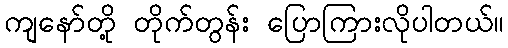
ကျနော်တို့ တိုက်တွန်း ပြောကြားလိုပါတယ်။